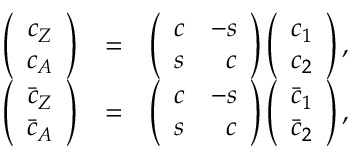
\begin{array} { r c l } { { \left( \begin{array} { c } { { c _ { Z } } } \\ { { c _ { A } } } \end{array} \right) } } & { { = } } & { { \left( \begin{array} { l r } { { c } } & { { - s } } \\ { { s } } & { { c } } \end{array} \right) \left( \begin{array} { c } { { c _ { 1 } } } \\ { { c _ { 2 } } } \end{array} \right) , } } \\ { { \left( \begin{array} { c } { { \bar { c } _ { Z } } } \\ { { \bar { c } _ { A } } } \end{array} \right) } } & { { = } } & { { \left( \begin{array} { l r } { { c } } & { { - s } } \\ { { s } } & { { c } } \end{array} \right) \left( \begin{array} { c } { { \bar { c } _ { 1 } } } \\ { { \bar { c } _ { 2 } } } \end{array} \right) , } } \end{array}